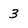
Character: 3